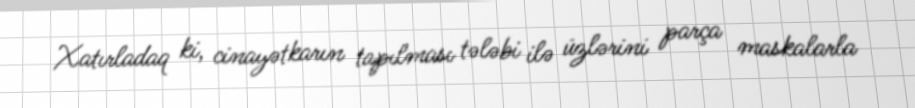
Xatırladaq ki, cinayətkarın tapılması tələbi ilə üzlərini parça maskalarla